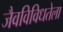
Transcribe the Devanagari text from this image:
जैवविविधतेला